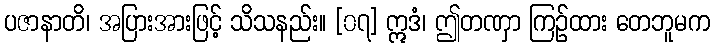
ပဇာနာတိ၊ အပြားအားဖြင့် သိသနည်း။ [၀၇] ဣဒံ၊ ဤတဏှာ ကြဉ်ထား တေဘူမက